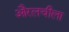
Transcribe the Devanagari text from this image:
औरलचीला